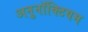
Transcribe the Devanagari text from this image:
अनुनॉक्टियम